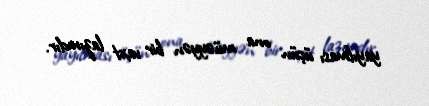
yayılması üçün ona müəyyən bir vaxt lazımdır.